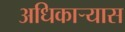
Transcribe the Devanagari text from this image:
अधिकार्‍यास